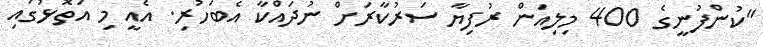
"ކުންފުނީގެ 400 މިލިއަން ރުފިޔާ ސަރުކާރަށް ނުދައްކާ އެބަހުރި. އެއީ މި އަތޮޅުގައި